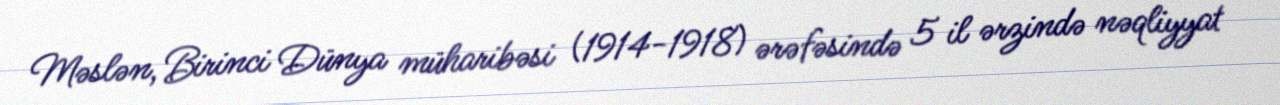
Məslən, Birinci Dünya müharibəsi (1914-1918) ərəfəsində 5 il ərzində nəqliyyat